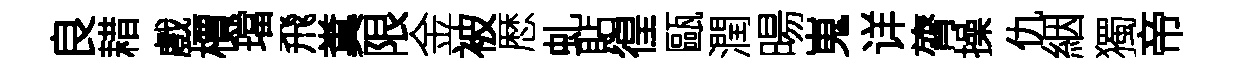
良耤戲檟璫飛糞限金被厯虬貼徨甌潤暘嵬详膂操仇絪獨帝